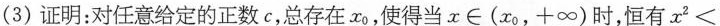
(3)证明：对任意给定的正数c，总存在x_{0}，使得当x\in (x_{0}，+∞)时，恒有$$x _ { 2 } <